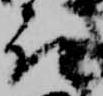
取